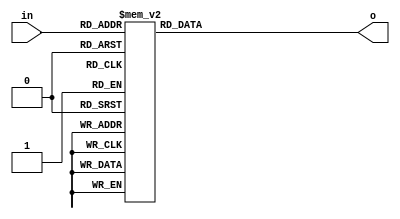
module seven_segment (in, o);
input [3:0] in;
output reg [6:0] o;

//   abcdefg
//
//      ---  g
//    b|   | f
//      ---  a
//    c|   | e
//      ---  d


always@(*)
begin
	case (in)
		4'b0000: o = 7'b1000000;//0
		4'b0001: o = 7'b1111001;//1
		4'b0010: o = 7'b0100100;//2
		4'b0011: o = 7'b0110000;//3

		4'b0100: o = 7'b0011001;//4
		4'b0101: o = 7'b0010010;//5
		4'b0110: o = 7'b0000010;//6
		4'b0111: o = 7'b1111000;//7

		4'b1000: o = 7'b0000000;//8
		4'b1001: o = 7'b0010000;//9

		default: o = 7'b0000000;
	endcase
end
endmodule